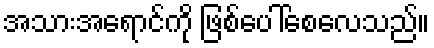
အသားအရောင်ကို ဖြစ်ပေါ်စေလေသည်။